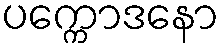
ပက္ကောဒနော